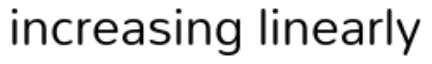
increasing linearly